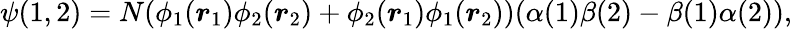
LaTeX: \psi(1,2)=N(\phi_{1}(\boldsymbol{r}_{1})\phi_{2}(\boldsymbol{r}_{2})+\phi_{2}(\boldsymbol{r}_{1})\phi_{1}(\boldsymbol{r}_{2}))(\alpha(1)\beta(2)-\beta(1)\alpha(2)),